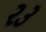
ર૩